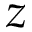
z